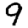
Digit: 9